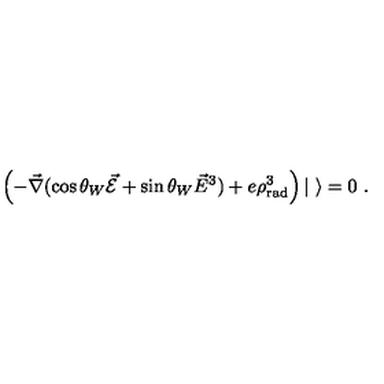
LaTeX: \left( - \vec { \nabla } ( \cos \theta _ { W } \vec { \cal E } + \sin \theta _ { W } \vec { E } ^ { 3 } ) + e \rho _ { \mathrm { r a d } } ^ { 3 } \right) | \ \rangle = 0 \ .